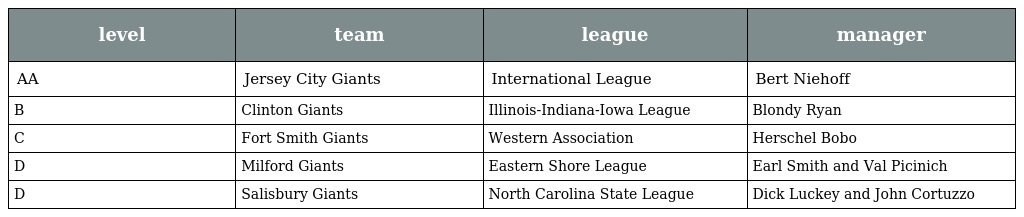
| level | team | league | manager |
 | --- | --- | --- | --- |
 | AA | Jersey City Giants | International League | Bert Niehoff |
 | B | Clinton Giants | Illinois-Indiana-Iowa League | Blondy Ryan |
 | C | Fort Smith Giants | Western Association | Herschel Bobo |
 | D | Milford Giants | Eastern Shore League | Earl Smith and Val Picinich |
 | D | Salisbury Giants | North Carolina State League | Dick Luckey and John Cortuzzo |